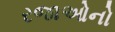
રજાઓનો